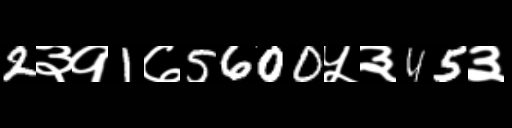
Text: 2३१1७5600५३45३